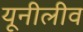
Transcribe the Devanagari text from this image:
यूनीलीव